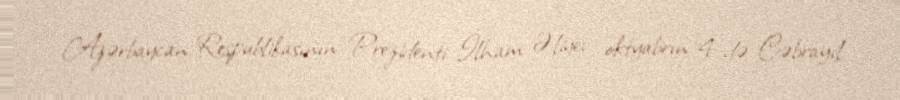
Azərbaycan Respublikasının Prezidenti İlham Əliyev oktyabrın 4-də Cəbrayıl